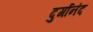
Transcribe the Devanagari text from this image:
दुर्गानंद